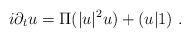
LaTeX: \begin{align*}i\partial_t u=\Pi(|u|^2u)+(u|1)\ .\end{align*}